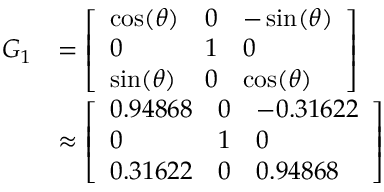
{ \begin{array} { r l } { G _ { 1 } } & { = { \left[ \begin{array} { l l l } { \cos ( \theta ) } & { 0 } & { - \sin ( \theta ) } \\ { 0 } & { 1 } & { 0 } \\ { \sin ( \theta ) } & { 0 } & { \cos ( \theta ) } \end{array} \right] } } \\ & { \approx { \left[ \begin{array} { l l l } { 0 . 9 4 8 6 8 } & { 0 } & { - 0 . 3 1 6 2 2 } \\ { 0 } & { 1 } & { 0 } \\ { 0 . 3 1 6 2 2 } & { 0 } & { 0 . 9 4 8 6 8 } \end{array} \right] } } \end{array} }